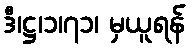
ဒီ၊ဋ္ဌ၊၁၊၇၁၊ မှယူရန်